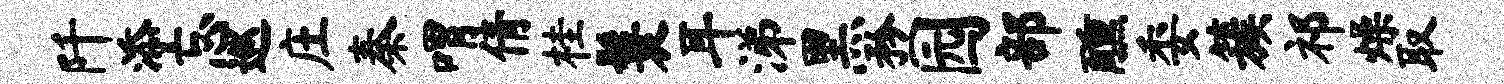
阡添忘巡庄秦喟倩桂鬟耳涕黑矜园部醺委簇祁燥取